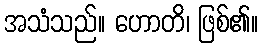
အသံသည်။ ဟောတိ၊ ဖြစ်၏။